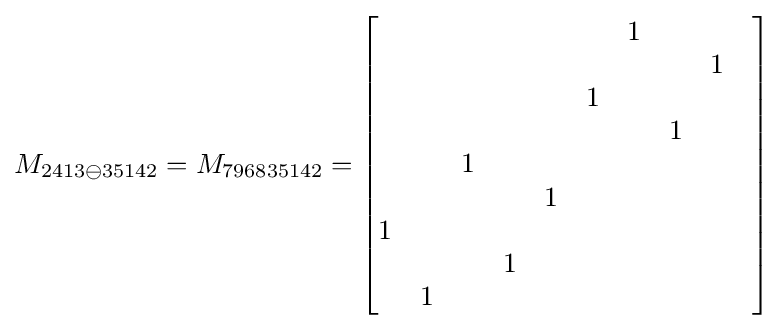
M_{2413\ominus 35142}=M_{796835142}={\begin{bmatrix}&&&&&&1&&&\\&&&&&&&&1\\&&&&&1&&&\\&&&&&&&1&\\&&1&&&&&&\\&&&&1&&&&\\1&&&&&&&&\\&&&1&&&&&\\&1&&&&&&&\end{bmatrix}}